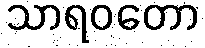
သာရဝတော